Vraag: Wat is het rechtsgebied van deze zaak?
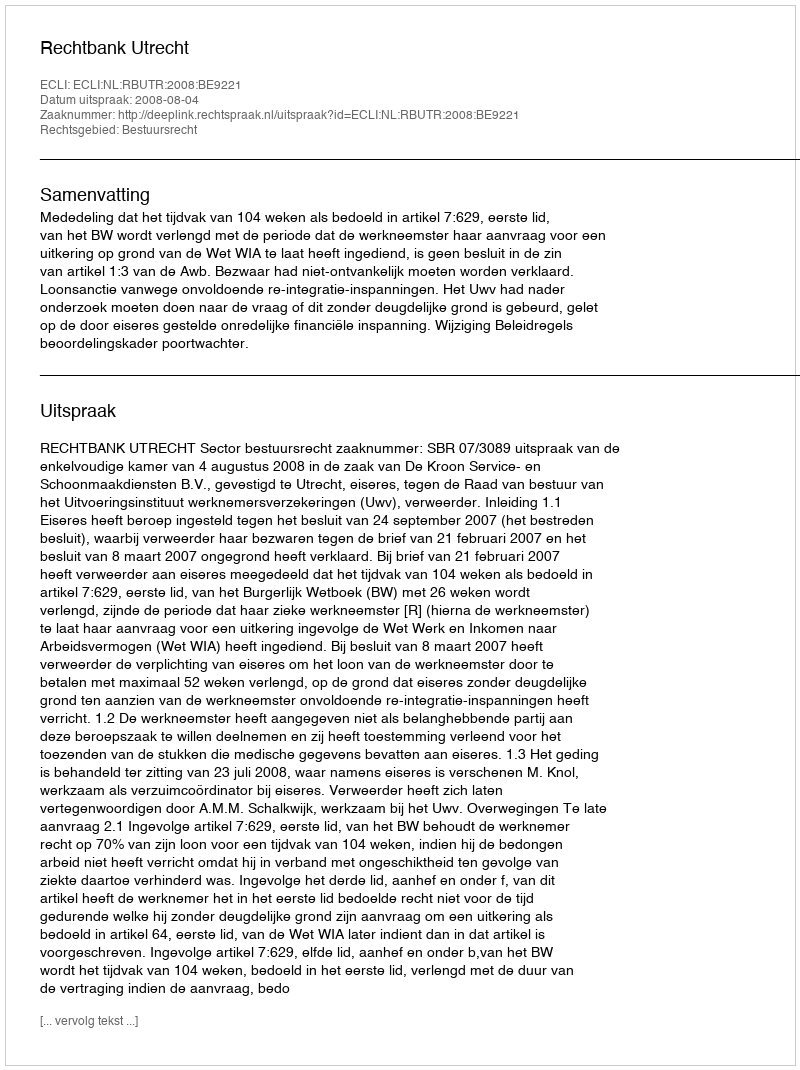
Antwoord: Bestuursrecht